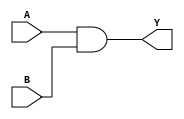
module gate(A,B,Y);

    // Declaring inputs
    input A,B;

    // Declaring output
    output Y;

    // Using gate level modeling
    and(Y,A,B);

endmodule